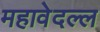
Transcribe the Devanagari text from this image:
महावेदल्ल